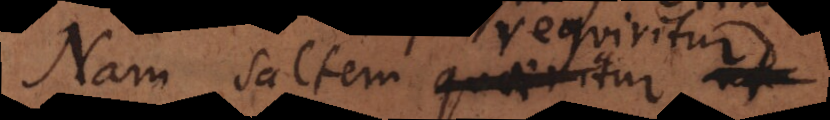
Nam saltem quaeritur